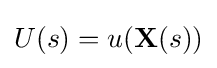
U(s)=u(\mathbf {X} (s))